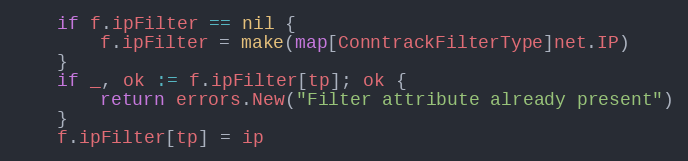
Language: Go
	if f.ipFilter == nil {
		f.ipFilter = make(map[ConntrackFilterType]net.IP)
	}
	if _, ok := f.ipFilter[tp]; ok {
		return errors.New("Filter attribute already present")
	}
	f.ipFilter[tp] = ip